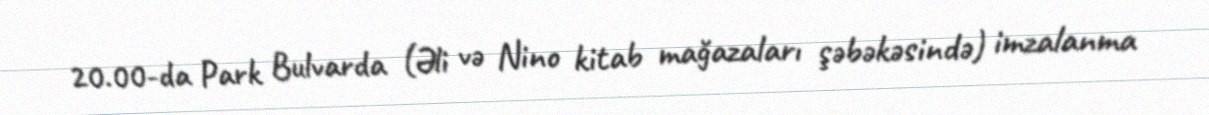
20.00-da Park Bulvarda (Əli və Nino kitab mağazaları şəbəkəsində) imzalanma